Lunatic asylums Madras 1892-1911 - 1892-1911
Year: 1892
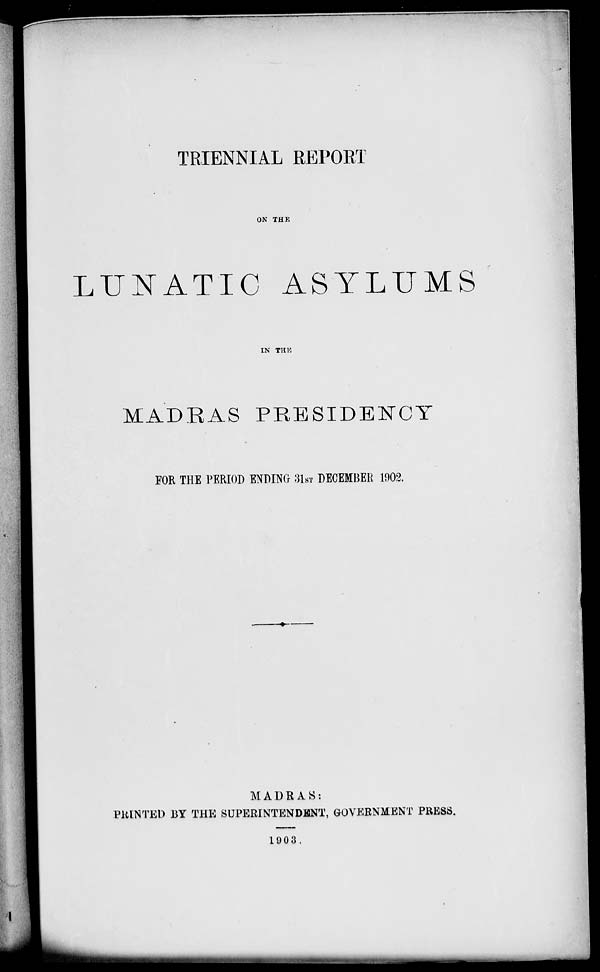
TRIENNIAL REPORT
ON THE
LUNATIC ASYLUMS
IN THK
MADEAS PRESIDENCY
FOR THE PERIOD ENDING 31ST DECEMBER 1902.
MADRAS:
PIUNTED BY THE SUPERINTENDENT, GOVERNMENT PRESS.
19 0 3